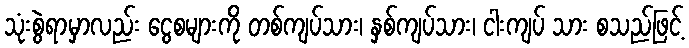
သုံးစွဲရာမှာလည်း ငွေစများကို တစ်ကျပ်သား၊ နှစ်ကျပ်သား၊ ငါးကျပ် သား စသည်ဖြင့်